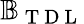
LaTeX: \mathbb{B}_{\mathrm{~T~D~L~}}